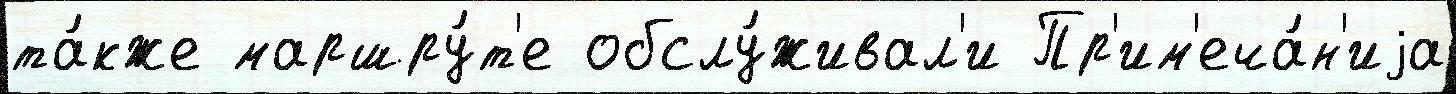
та́кже маршру́т'е обслу́живал'и Пр'им'еча́н'иjа